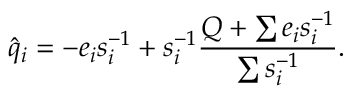
\hat { q } _ { i } = - e _ { i } s _ { i } ^ { - 1 } + s _ { i } ^ { - 1 } \frac { Q + \sum e _ { i } s _ { i } ^ { - 1 } } { \sum s _ { i } ^ { - 1 } } .